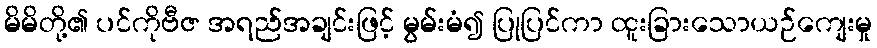
မိမိတို့၏ ပင်ကိုဗီဇ အရည်အချင်းဖြင့် မွမ်းမံ၍ ပြုပြင်ကာ ထူးခြားသောယဉ်ကျေးမှု